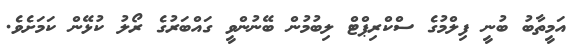
އަމީތާބު ބުނީ ފިލްމުގެ ސްކްރިޕްޓް ލިބުމުން ބޭނުންވީ ގައްބަރުގެ ރޯލު ކުޅޭން ކަމަށެވެ.